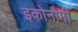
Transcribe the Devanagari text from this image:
इकोनौमी